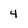
Character: 4